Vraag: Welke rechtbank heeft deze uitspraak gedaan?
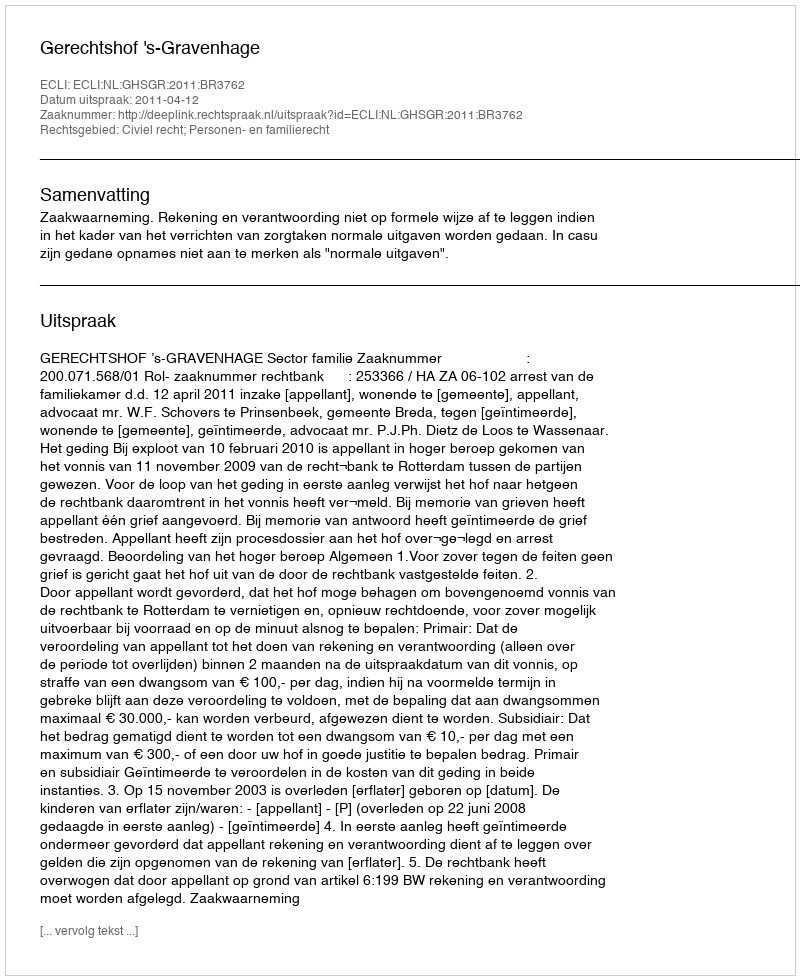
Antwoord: Gerechtshof 's-Gravenhage